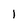
Character: 1